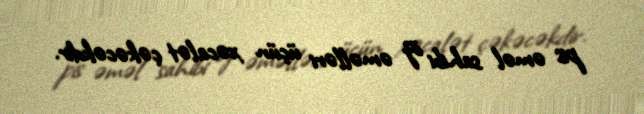
pis əməl sahibi öz əməlləri üçün xəcalət çəkəcəkdir.